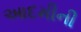
આદમીની